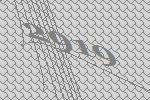
2919